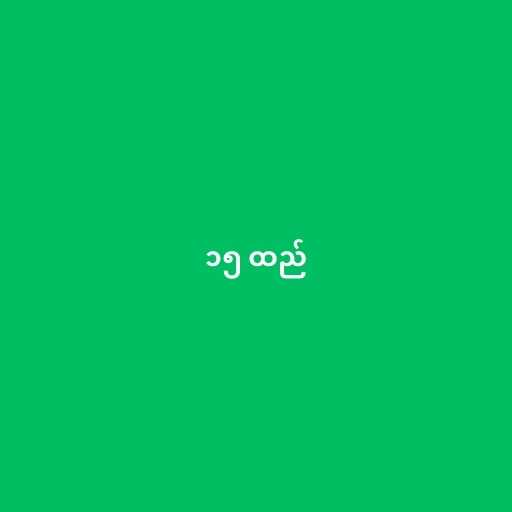
၁၅ ထည်